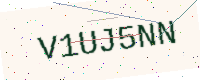
Text: V1UJ5NN